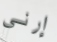
إرني